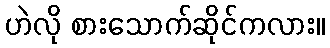
ဟဲလို စားသောက်ဆိုင်ကလား။